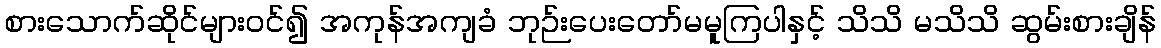
စားသောက်ဆိုင်များဝင်၍ အကုန်အကျခံ ဘုဉ်းပေးတော်မမူကြပါနှင့် သိသိ မသိသိ ဆွမ်းစားချိန်